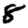
Digit: 8